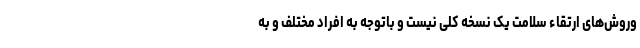
وروش‌های ارتقاء سلامت یک نسخه کلی نیست و باتوجه به افراد مختلف و به